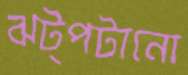
ঝট্‌পটানো